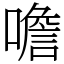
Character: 噡